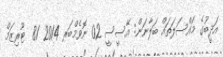
އަދީބުގެ މައްސަލަތައް ބަލާނަން: އޭސީސީ 02 ނޮވެމްބަރ 2014 81  ޓޫރިޒަމް